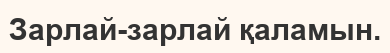
Зарлай-зарлай қаламын.